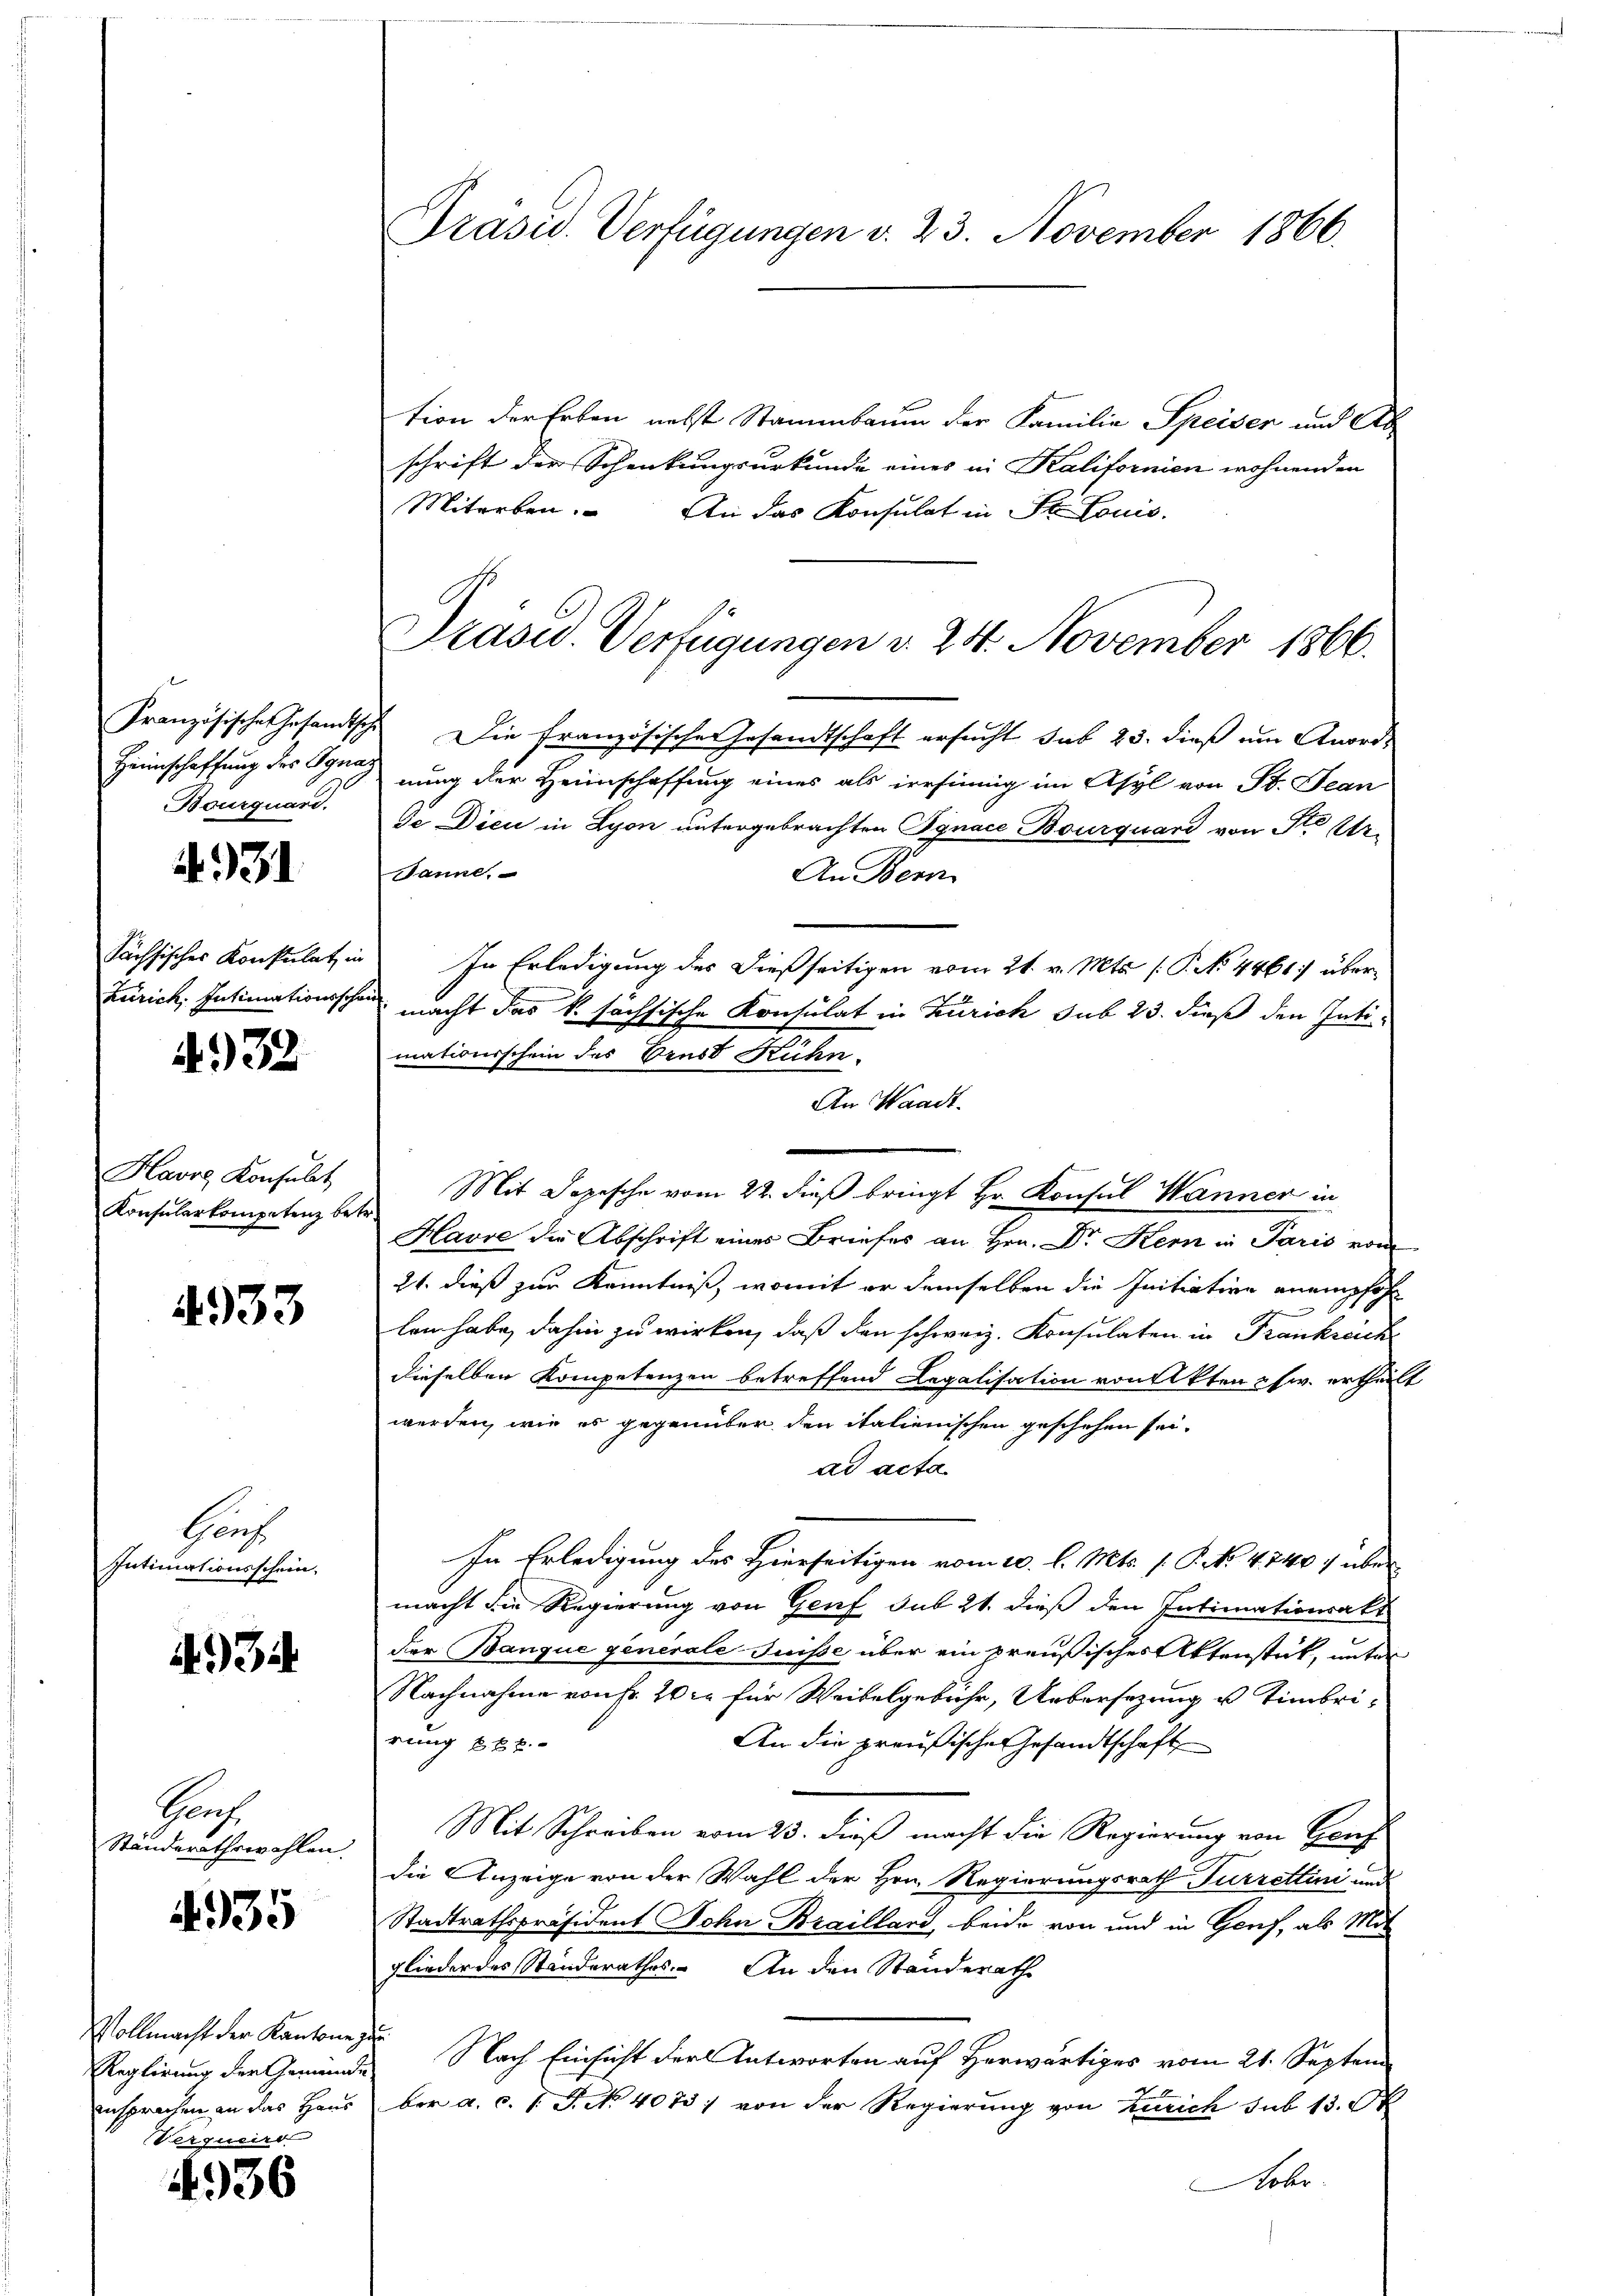
Französische Gesandtsche
Heimschaffung des Ignaz
Bourquard.

31

sächsisches Konsulat in
aurich, Intimationsschei¬

4932

Havre Konsult
Konsularkompetenz betr.

4933

Gruf
Intimationsschein.

i) Bi

Saufe
Ständerathswahlen.

4935

Vollmacht der Kantone
Reglirung der Gemeindansprachen an das Haus
Verquerr

4936

Präsid. Verfügungen v. 23. November 1866.

tion der Erben nebst Stammbaum der Familie Speiser und Ab
schrift der Schenkungsurkunde eines in Kalifornien wohnenden
Miterben. An das Konsulat in St. Louis-
Präsid. Verfügungen v. 24. November 1866.
Die französisches Gesandtschaft ersucht sub 23. dieß um Anordnung der Heimschaffung eines als irrsinnig im Asyl von St. Jean
Se Dien in Lyon untergebrachten Pynace Bourquard von Ster¬
Sannt,
An Bern
In Erledigung des dießseitigen vom 21. v. Mts. [Prk. 4461) über¬
 macht das k. sächsische Konsulat in Zürich sub 23. dieß den Inti
mationsschein des Brust Rühn.
An Waadt.
Mit Sopesche vom 22. dieß bringt Hr. Konsul Wanner in
Havre die Abschrift eines Briefes an Hrn. Dr. Kern in Paris vom
21. dieß zur Kenntniß, womit er demselben die Initiation anempfohl
lem habe, dahin zu wirken, daß den schweiz. Konsulaten in Frankreich
dieselben Kompetenzen betreffend Legalisation von Akten schw. ertheilt
werden, wie es gegenüber den italienischen geschehen sei.
ad acta
In Erledigung des Hierseitigen vom 10. l. Mts. s. P. No 4840. über
macht die Regierung von Genf sub 21. dieß den Intimationsakt
der Banque generale Suisse über ein preußisches Aktenstät, unter
Nachnahme von fr. 20 xr für Weibelgebühr, Uebersezung u Timbrirung 282.
An die preußischer Gesandtschaft
Mit Schreiben vom 23. dieß macht die Regierung von Genf
die Anzeige von der Wahl der Hrn. Regierungsrath Furrettini und
Stadtrathspräsident John Brailland, beide von und in Genf, als Mit
glieder des Standerathes. An den Standerath
Nach Einsicht der Antworten auf Herwärtiges vom 21. Septem
NI
ber a. c. s. S. Nr. 4073) von der Regierung von Zürich sub 13. Ok
Nobr.